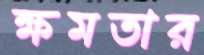
ক্ষমতার